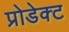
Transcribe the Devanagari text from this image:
प्रोडेक्ट